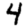
Digit: 4